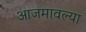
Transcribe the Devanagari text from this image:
आजमावल्या